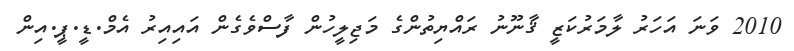
2010 ވަނަ އަހަރު ލާމަރުކަޒީ ޤާނޫނު ރައްޔިތުންގެ މަޖިލީހުން ފާސްވެގެން އައިއިރު އެމް.ޑީ.ޕީ.އިން